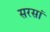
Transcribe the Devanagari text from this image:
सरसां